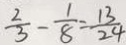
\frac { 2 } { 3 } - \frac { 1 } { 8 } = \frac { 1 3 } { 2 4 }